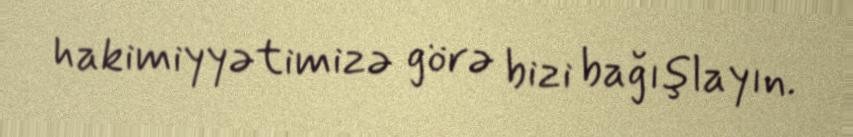
hakimiyyətimizə görə bizi bağışlayın.